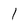
Character: l